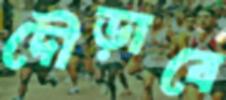
দৌড়াবে